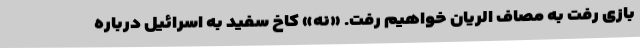
بازی رفت به مصاف الریان خواهیم رفت. «نه» کاخ سفید به اسرائیل درباره